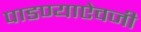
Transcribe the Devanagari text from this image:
पाडण्याऐवजी